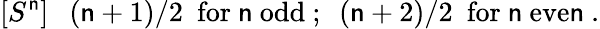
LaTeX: [S^{\mathsf{n}}]~~~(\mathsf{n}+1)/2~~\mathrm{{for}}~\mathsf{n}~\mathrm{{odd}}~;~~(\mathsf{n}+2)/2~~\mathrm{{for}}{}~\mathsf{n}~\mathrm{{eve\mathsf{n}}}~.